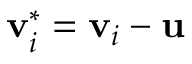
\mathbf { v } _ { i } ^ { * } = \mathbf { v } _ { i } - \mathbf { u }